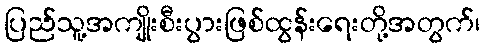
ပြည်သူ့အကျိုးစီးပွားဖြစ်ထွန်းရေးတို့အတွက်၊